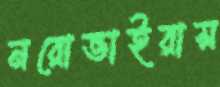
নরোভাইরাস